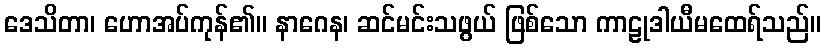
ဒေသိတာ၊ ဟောအပ်ကုန်၏။ နာဂေန၊ ဆင်မင်းသဖွယ် ဖြစ်သော ကာဠုဒါယီမထေရ်သည်။